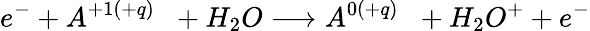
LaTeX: e^{-}+A^{+1(+q)}\; \; +H_{2}O\longrightarrow A^{0(+q)}\; \; +H_{2}O^{+}+e^{-}